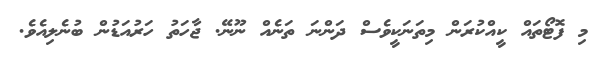
މި ފޮޓޯތައް ކީއްކުރަން މިތަނަކީވެސް ދަންނަ ތަނެއް ނޫނޭ. ޖާހަތު ހަރުއަޑުން ބުނެލިއެވެ.